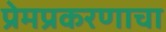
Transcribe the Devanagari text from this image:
प्रेमप्रकरणाचा